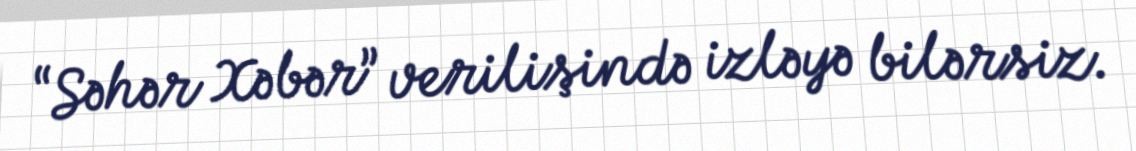
“Səhər Xəbər” verilişində izləyə bilərsiz.